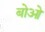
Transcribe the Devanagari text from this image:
बोओ